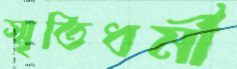
স্মৃতিধর্মী